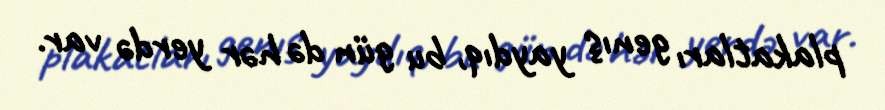
plakatları genış yaydıq, bu gün də hər yerdə var.